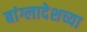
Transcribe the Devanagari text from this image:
बांग्लादेशच्या